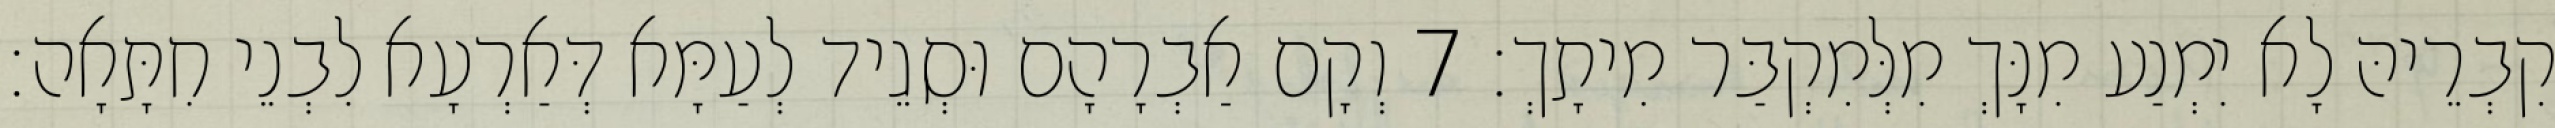
קִבְרֵיהּ לָא יִמְנַע מִנָּךְ מִלְּמִקְבַּר מִיתָךְ׃ 7 וְקָם אַבְרָהָם וּסְגֵיד לְעַמָּא דְּאַרְעָא לִבְנֵי חִתָּאָה׃